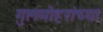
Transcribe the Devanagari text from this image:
गुलमोहरांच्या